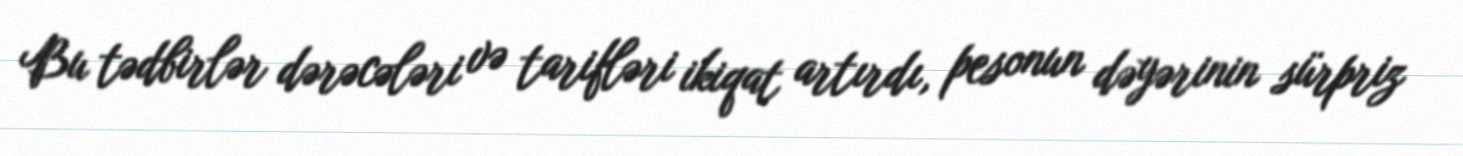
Bu tədbirlər dərəcələri və tarifləri ikiqat artırdı, pesonun dəyərinin sürpriz